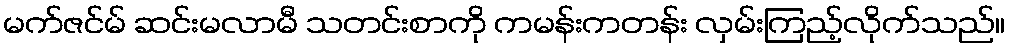
မက်ဇင်မ် ဆင်းမလာမီ သတင်းစာကို ကမန်းကတန်း လှမ်းကြည့်လိုက်သည်။